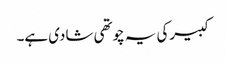
کبیرکی یہ چوتھی شادی ہے۔